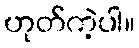
ဟုတ်ကဲ့ပါ။